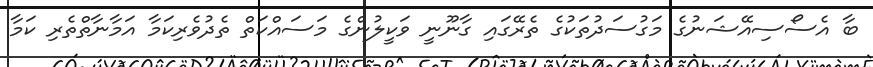
ބާ އެސޯސިއޭޝަނުގެ މަގުސަދުތަކުގެ ތެރޭގައި ގާނޫނީ ވަކީލުންގެ މަސައްކަތް ތެދުވެރިކަމާ އަމާނާތްތެރި ކަމާ